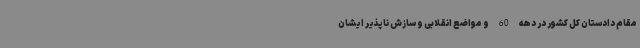
مقام دادستان کل کشور در دهه 60 و مواضع انقلابی و سازش ناپذیر ایشان